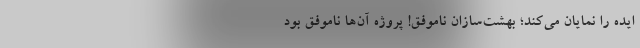
ایده را نمایان می‌کند؛ بهشت‌سازان ناموفق! پروژه‌ آن‌ها ناموفق بود